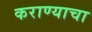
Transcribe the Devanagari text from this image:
कराण्याचा